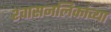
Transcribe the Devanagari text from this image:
श्‍वासनलिकांच्या